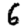
Digit: 6